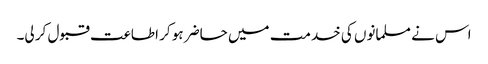
اس نے مسلمانوں کی خدمت میں حاضر ہو کر اطاعت قبول کر لی۔